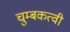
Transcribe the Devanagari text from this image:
चुम्बकत्वी